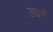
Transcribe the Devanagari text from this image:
उद्दे